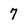
Character: 7